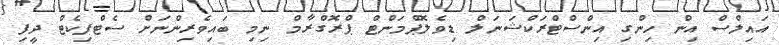
އައިލްސް އިން ހިންގި އިންސްޓްރަކްޝަނަލް ޑިވެލޮޕްމަންޓް ޕްރޮގްރާމް ނިމި ބައިވެރިންނަށް ސެޓްފިކެޓް ދީފި